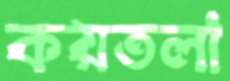
কয়তলা